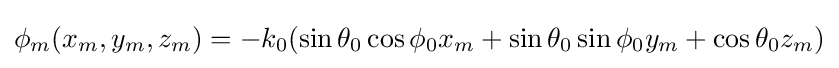
\phi _{m}(x_{m},y_{m},z_{m})=-k_{0}(\sin {\theta _{0}}\cos {\phi _{0}}x_{m}+\sin {\theta _{0}}\sin {\phi _{0}}y_{m}+\cos {\theta _{0}}z_{m})